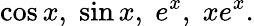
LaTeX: \cos x,\; \sin x,\; e^{x},\; xe^{x}.